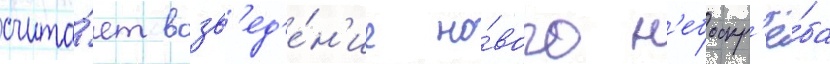
счита́ет возв'ед'е́н'ие но́вого н'ебоскр'ё́ба